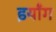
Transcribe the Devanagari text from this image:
इयाँग